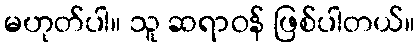
မဟုတ်ပါ။ သူ ဆရာဝန် ဖြစ်ပါတယ်။